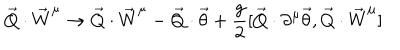
LaTeX: \vec { Q } \cdot \vec { W } ^ { \mu } \rightarrow \vec { Q } \cdot \vec { W } ^ { \mu } - \vec { Q } \cdot \vec { \theta } + \frac { g } { 2 } [ \vec { Q } \cdot \partial ^ { \mu } \vec { \theta } , \vec { Q } \cdot { \vec { W } } ^ { \mu } ]